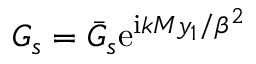
G _ { s } = \bar { G } _ { s } \mathrm { e } ^ { \mathrm { i } k M y _ { 1 } / \beta ^ { 2 } }